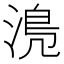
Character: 𣹋